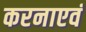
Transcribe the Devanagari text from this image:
करनाएवं